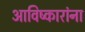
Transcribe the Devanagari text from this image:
आविष्कारांना